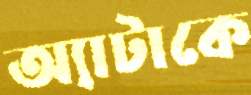
অ্যাটাকে